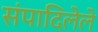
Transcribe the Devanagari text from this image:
संपादिलेले